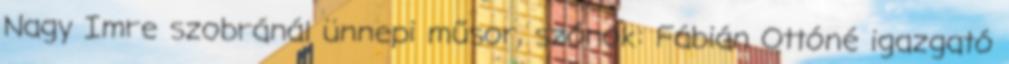
Nagy Imre szobránál ünnepi műsor, szónok: Fábián Ottóné igazgató